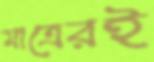
মাত্রেরই